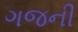
ગજની